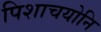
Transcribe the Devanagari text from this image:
पिशाचयोनि